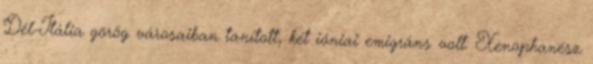
Dél-Itália görög városaiban tanított, két ióniai emigráns volt: Xenophanész